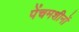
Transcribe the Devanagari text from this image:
पेंचमशीनों